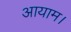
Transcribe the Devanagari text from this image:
आयाम।